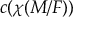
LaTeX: c ( \chi ( M / F ) )